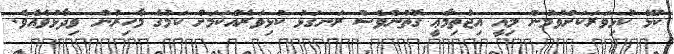
ކުޅޭ ކުޅިވަރަކަށްވުމުން މިއީ އިޖުތިމާޢީ ގޮތުންވެސް ރަނގަޅު ކުޅިވަރެއްކަމަށް ކަމުގެ މާހިރުން ވިދާޅުވެއެވެ.